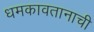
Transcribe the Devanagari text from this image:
धमकावतानाची